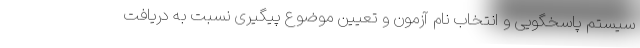
سیستم پاسخگویی و انتخاب نام آزمون و تعیین موضوع پیگیری نسبت به دریافت